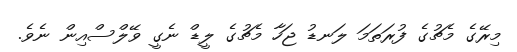
މިރޭގެ މެޗުގެ ފުރަތަމަ ލަނޑު ޖަހާ މެޗުގެ ލީޑް ނެގީ ވޭލްސްއިން ނެވެ.